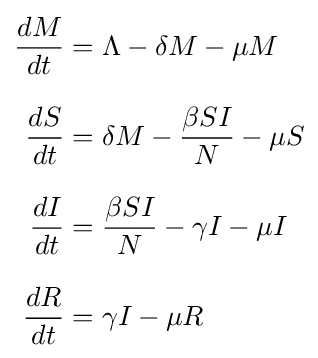
{\begin{aligned}{\frac {dM}{dt}}&=\Lambda -\delta M-\mu M\\[8pt]{\frac {dS}{dt}}&=\delta M-{\frac {\beta SI}{N}}-\mu S\\[8pt]{\frac {dI}{dt}}&={\frac {\beta SI}{N}}-\gamma I-\mu I\\[8pt]{\frac {dR}{dt}}&=\gamma I-\mu R\end{aligned}}